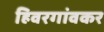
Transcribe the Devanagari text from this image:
हिवरगांवकर